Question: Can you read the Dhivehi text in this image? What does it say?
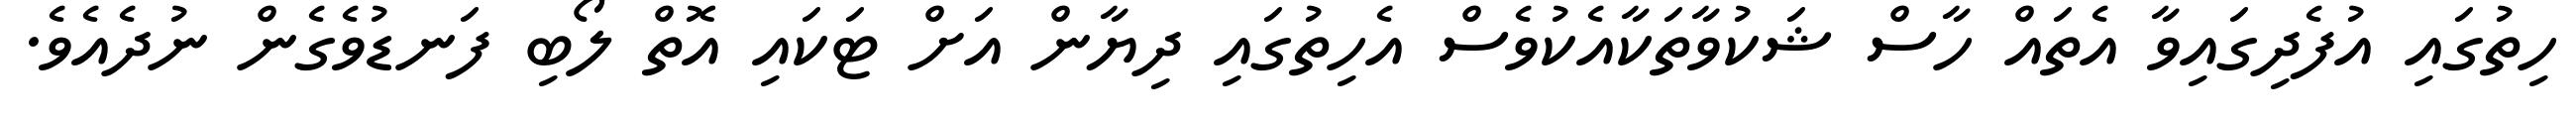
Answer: ހިތުގައި އުފެދިގައިވާ އެތައް ހާސް ޝަކުވާތަކާއެކުވެސް އެހިތުގައި ދިޔާން އަށް ޓަކައި އޮތް ލޯބި ފަނޑުވެގެން ނުދެއެވެ.